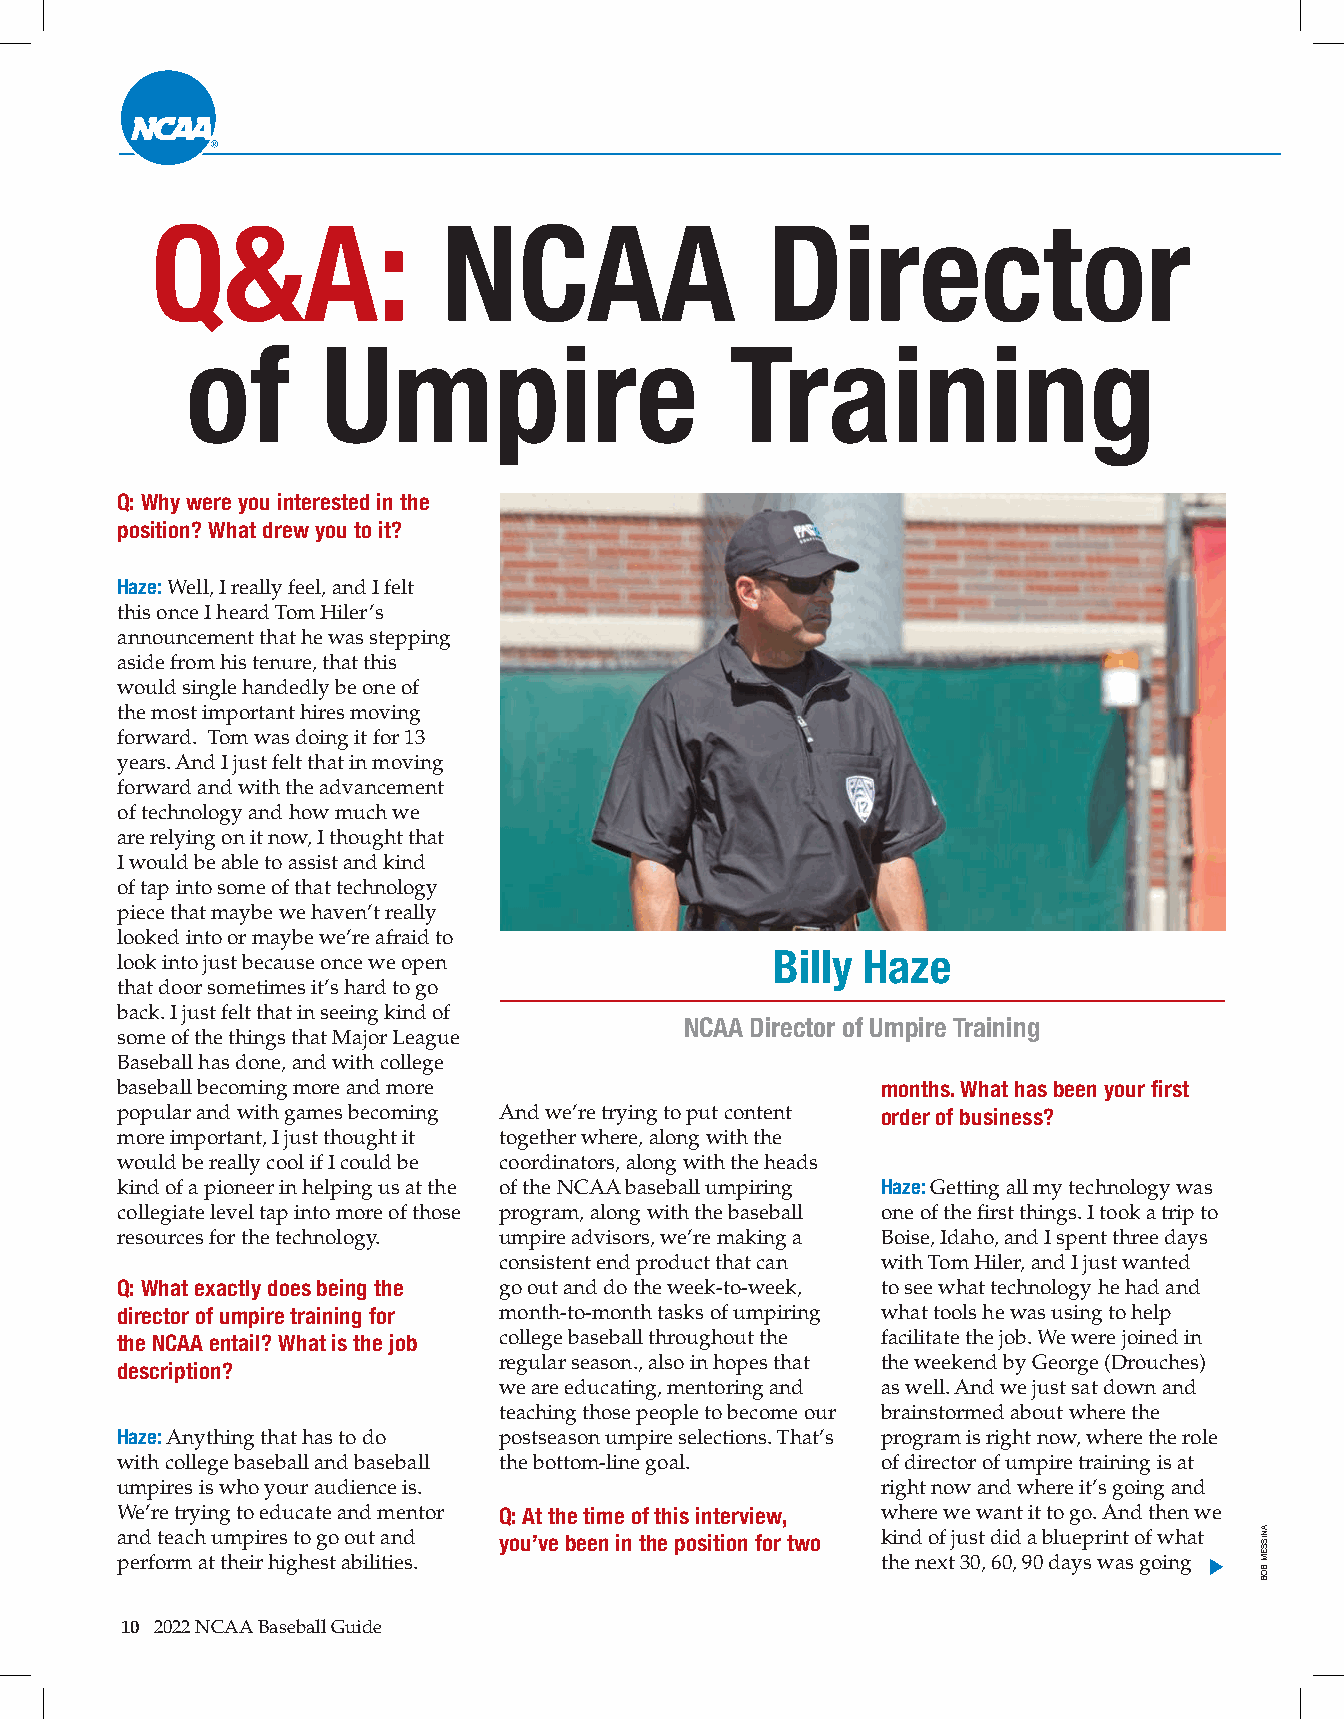
Q&A:               NCAA                  Director
 of       Umpire                     Training
 Q: Why were you interested in the
 position? What drew you to it?
 Haze: Well, I really feel, and I felt
 this once I heard Tom Hiler’s
 announcement that he was stepping
 aside from his tenure, that this
 would single handedly be one of
 the most important hires moving
 forward. Tom was doing it for 13
 years. And I just felt that in moving
 forward and with the advancement
 of technology and how much we
 are relying on it now, I thought that
 I would be able to assist and kind
 of tap into some of that technology
 piece that maybe we haven’t really
 looked into or maybe we’re afraid to
 Billy Haze
 look into just because once we open
 that door sometimes it’s hard to go
 back. I just felt that in seeing kind of
 NCAA Director of Umpire Training
 some of the things that Major League
 Baseball has done, and with college
 baseball becoming more and more                   months. What has been your first
 popular and with games becoming And we’re trying to put content order of business?
 more important, I just thought it together where, along with the
 would be really cool if I could be coordinators, along with the heads
 kind of a pioneer in helping us at the of the NCAA baseball umpiring Haze: Getting all my technology was
 collegiate level tap into more of those program, along with the baseball one of the first things. I took a trip to
 resources for the technology. umpire advisors, we’re making a Boise, Idaho, and I spent three days
 consistent end product that can with Tom Hiler, and I just wanted
 Q: What exactly does being the go out and do the week-to-week, to see what technology he had and
 director of umpire training for month-to-month tasks of umpiring what tools he was using to help
 the NCAA entail? What is the job college baseball throughout the facilitate the job. We were joined in
 regular season., also in hopes that the weekend by George (Drouches)
 description?
 we are educating, mentoring and as well. And we just sat down and
 teaching those people to become our brainstormed about where the
 Haze: Anything that has to do postseason umpire selections. That’s program is right now, where the role
 with college baseball and baseball the bottom-line goal. of director of umpire training is at
 umpires is who your audience is.                  right now and where it’s going and
 We’re trying to educate and mentor Q: At the time of this interview, where we want it to go. And then we
 and teach umpires to go out and you’ve been in the position for two kind of just did a blueprint of what
 perform at their highest abilities.               the next 30, 60, 90 days was going
 10 2022 NCAA Baseball Guide
 ANISSEM
 BOB